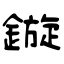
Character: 鏇